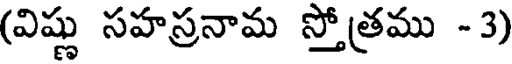
(విష్ణు సహస్రనామ స్తోత్రము -3)